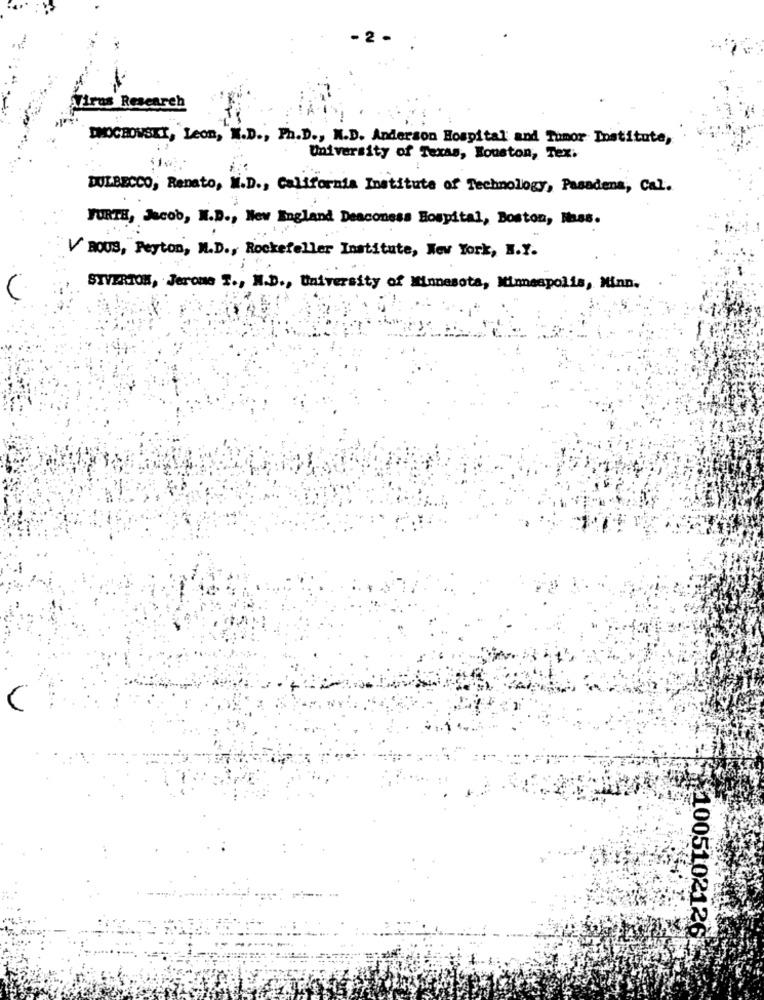
2
Virus Research
ENOCHOWSKI, Leon, M.D ., Ph.D ., M.D. Anderson Hospital and Tumor Institute,
University of Texas, Houston, Tex.
DULBECCO, Renato, M.D ., California Institute of Technology, Pasadena, Cal.
FURTH, Jacob, N.D ., New England Deaconess Hospital, Boston, Mass.
V ROUS, Peyton, M.D ., Rockefeller Institute, New York, N.Y.
STVERIOM, Jerome T ., M.D ., University of Minnesota, Minneapolis, Minn.
1005102126